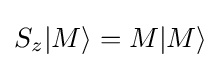
S_{z}|M\rangle =M|M\rangle